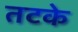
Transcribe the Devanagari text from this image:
तटके